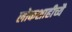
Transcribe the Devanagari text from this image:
लोकशाहीच्यै